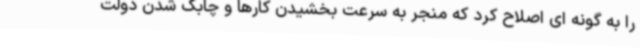
را به گونه ای اصلاح کرد که منجر به سرعت بخشیدن کارها و چابک شدن دولت